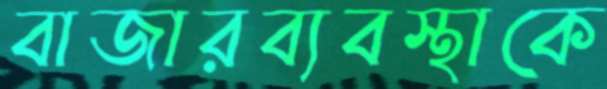
বাজারব্যবস্থাকে